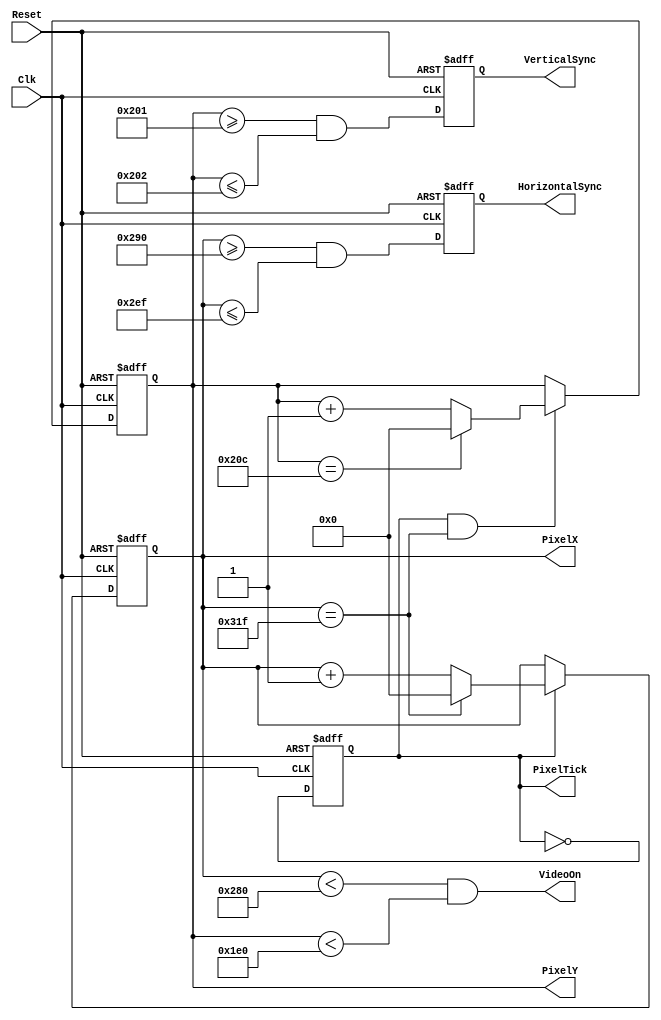
module VGASync
(
	input wire Clk,
	input wire Reset,
	
	/* sync signals */
	output wire HorizontalSync, 
	output wire VerticalSync,
	output wire VideoOn,
	output wire PixelTick,
	
	/* x/y */
	output wire [9:0] PixelX,
	output wire [9:0] PixelY
);

// constant declaration
// VGA 640-by-480 sync parameters
localparam HD = 640; // horizontal display area
localparam HF = 48 ; // h. front (left) border
localparam HB = 16 ; // h. back (right) border
localparam HR = 96 ; // h. retrace
localparam VD = 480; // vertical display area
localparam VF = 10;  // v. front (top) border
localparam VB = 33;  // v. back (bottom) border
localparam VR = 2;   // v. retrace

// mod-2 counter
reg mod2_reg;
wire mod2_next;

// sync counters
reg [9:0] h_count_reg, h_count_next;
reg [9:0] v_count_reg, v_count_next;

// output buffer
reg v_sync_reg, h_sync_reg;
wire v_sync_next, h_sync_next;

// status signal
wire h_end, v_end, pixel_tick;

// body
// registers
always @(posedge Clk, posedge Reset)
  if (Reset)
	 begin
		mod2_reg <= 1'b0;
		v_count_reg <= 0;
		h_count_reg <= 0;
		v_sync_reg <= 1'b0;
		h_sync_reg <= 1'b0;
	 end
  else
	 begin
		mod2_reg <= mod2_next;
		v_count_reg <= v_count_next;
		h_count_reg <= h_count_next;
		v_sync_reg <= v_sync_next;
		h_sync_reg <= h_sync_next;
	 end

// mod-2 circuit to generate 25 MHz enable tick
assign mod2_next = ~mod2_reg;
assign pixel_tick = mod2_reg;

// status signals
// end of horizontal counter (799)
assign h_end = (h_count_reg==(HD+HF+HB+HR-1));

// end of vertical counter (524)
assign v_end = (v_count_reg==(VD+VF+VB+VR-1));

// next-state logic of mod-800 horizontal sync counter
always @*
  if (pixel_tick)  // 25 MHz pulse
	 if (h_end)
		h_count_next = 0;
	 else
		h_count_next = h_count_reg + 1;
  else
	 h_count_next = h_count_reg;

// next-state logic of mod-525 vertical sync counter
always @*
  if (pixel_tick & h_end)
	 if (v_end)
		v_count_next = 0;
	 else
		v_count_next = v_count_reg + 1;
  else
	 v_count_next = v_count_reg;

// horizontal and vertical sync, buffered to avoid glitch
// h_sync_next asserted between 656 and 751
assign h_sync_next = (h_count_reg >= (HD + HB) && h_count_reg <= (HD + HB + HR - 1));

// vh_sync_next asserted between 490 and 491
assign v_sync_next = (v_count_reg >= (VD + VB) && v_count_reg <= (VD + VB + VR - 1));

// video on/off
assign VideoOn = (h_count_reg < HD) && (v_count_reg < VD);

// output
assign HorizontalSync = h_sync_reg;
assign VerticalSync   = v_sync_reg;
assign PixelX         = h_count_reg;
assign PixelY         = v_count_reg;
assign PixelTick      = pixel_tick;

endmodule